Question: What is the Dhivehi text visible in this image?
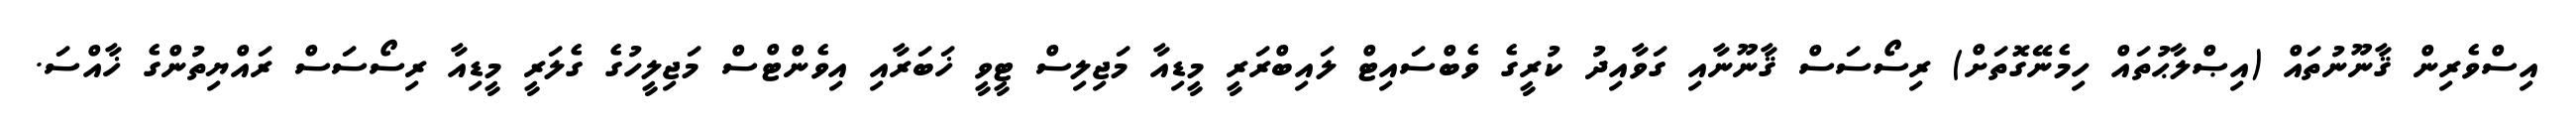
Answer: އިސްވެރިން ޤާނޫނުތައް (އިޞްލާޙުތައް ހިމެނޭގޮތަށް) ރިސޯސަސް ޤާނޫނާއި ގަވާއިދު ކުރީގެ ވެބްސައިޓް ލައިބްރަރީ މީޑިއާ މަޖިލިސް ޓީވީ ޚަބަރާއި އިވެންޓްސް މަޖިލީހުގެ ގެލަރީ މީޑިއާ ރިސޯސަސް ރައްޔިތުންގެ ޚާއްސަ.